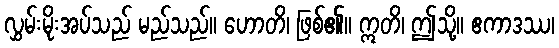
လွှမ်းမိုးအပ်သည် မည်သည်။ ဟောတိ၊ ဖြစ်၏။ ဣတိ၊ ဤသို့။ ဧကာဒဿ၊